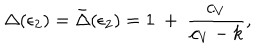
LaTeX: \Delta ( \epsilon _ { 2 } ) = \bar { \Delta } ( \epsilon _ { 2 } ) = 1 ~ + ~ { \frac { c _ { V } } { c _ { V } - k } } ,